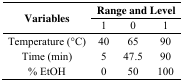
<table><thead><tr><td rowspan="2"><b>Variables</b></td><td colspan="3"><b>Range and Level</b></td></tr><tr><td><b>1</b></td><td><b>0</b></td><td><b>1</b></td></tr></thead><tbody><tr><td>Temperature (°C)</td><td>40</td><td>65</td><td>90</td></tr><tr><td>Time (min)</td><td>5</td><td>47.5</td><td>90</td></tr><tr><td>% EtOH</td><td>0</td><td>50</td><td>100</td></tr></tbody></table>